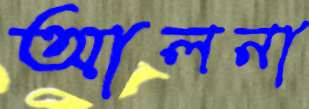
আলনা